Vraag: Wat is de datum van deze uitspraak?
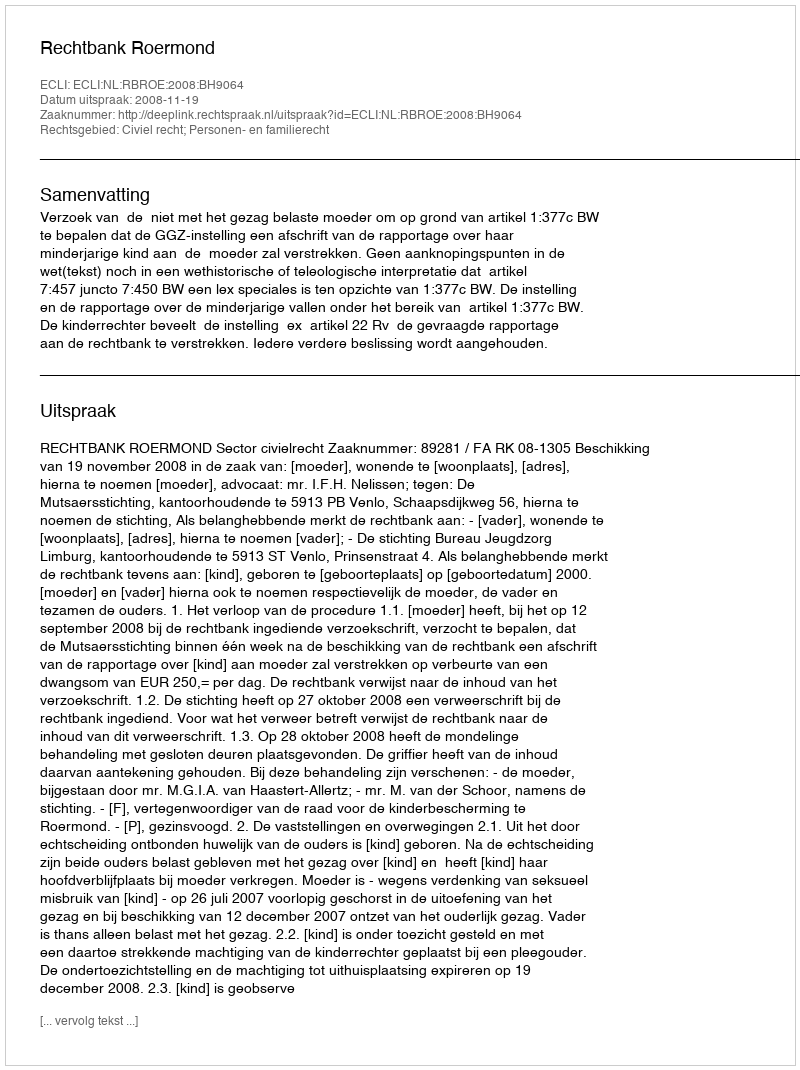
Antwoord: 2008-11-19